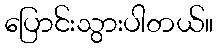
ပြောင်းသွားပါတယ်။